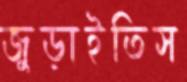
জুড়াইতিস